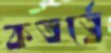
কতর্ত্বে